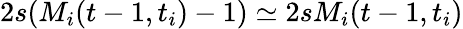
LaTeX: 2s(M_{i}(t-1,t_{i})-1)\simeq 2sM_{i}(t-1,t_{i})